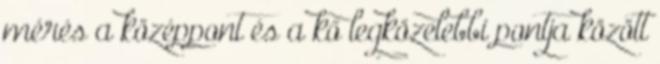
mérés a középpont és a kő legközelebbi pontja között